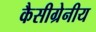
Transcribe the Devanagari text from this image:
कैसीग्रेनीय